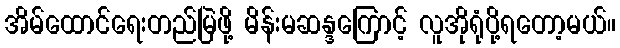
အိမ်ထောင်ရေးတည်မြဲဖို့ မိန်းမဆန္ဒကြောင့် လူအိုရုံပို့ရတော့မယ်။